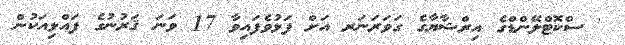
' ސްކޮޓްލޭންޑްގެ އިރްޝާޔާގެ ގަވަރަނަރ އަށް ފަޅުވެފައިވާ 17 ވަނަ ޤަރުނުގެ ފައްޅިއަކުން